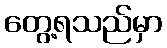
တွေ့ရသည်မှာ